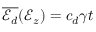
\overline { { \mathscr { E } _ { d } } } ( \mathcal { E } _ { z } ) = c _ { d } \gamma t